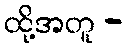
ထို့အတူ -